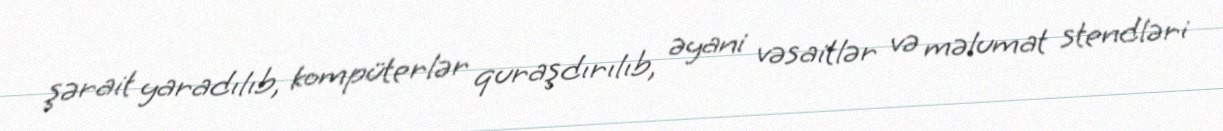
şərait yaradılıb, kompüterlər quraşdırılıb, əyani vəsaitlər və məlumat stendləri